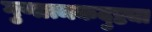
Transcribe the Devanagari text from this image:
गुणात्मकदुष्ट्या